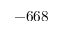
- 6 6 8